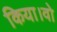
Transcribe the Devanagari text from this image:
किया।वो